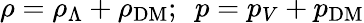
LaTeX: \rho=\rho_{\Lambda}+\rho_{\mathrm{DM}};~~p=p_{V}+p_{\mathrm{DM}}